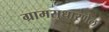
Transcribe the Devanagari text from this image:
ग्रामसुधारणेला